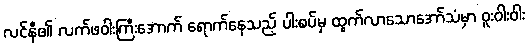
လင်နီ၏ လက်ဖဝါးကြီးအောက် ရောက်နေသည့် ပါးစပ်မှ ထွက်လာသောအော်သံမှာ ဝူးဝါးဝါး